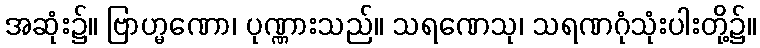
အဆုံး၌။ ဗြာဟ္မဏော၊ ပုဏ္ဏားသည်။ သရဏေသု၊ သရဏဂုံသုံးပါးတို့၌။